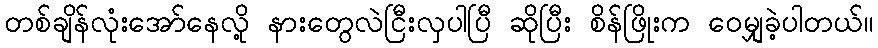
တစ်ချိန်လုံးအော်နေလို့ နားတွေလဲငြီးလှပါပြီ ဆိုပြီး စိန်ဖြိုးက ဝေမျှခဲ့ပါတယ်။